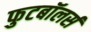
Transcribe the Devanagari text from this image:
फुटबॉलर्स